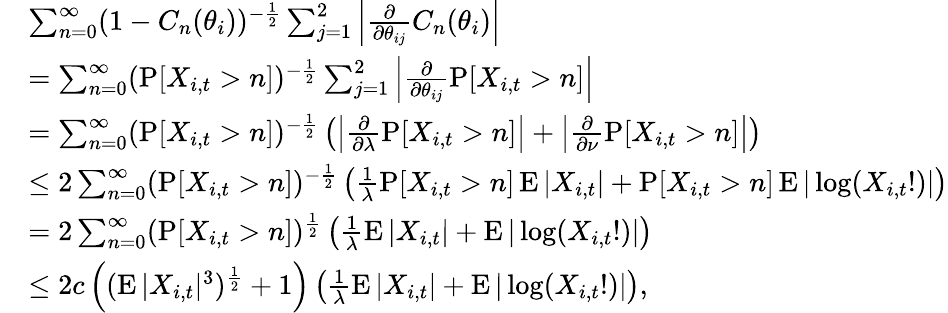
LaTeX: \begin{array}{rl}&{\sum_{n=0}^{\infty}(1-C_{n}(\theta_{i}))^{-\frac{1}{2}}\sum_{j=1}^{2}\left|\frac{\partial}{\partial\theta_{ij}}C_{n}(\theta_{i})\right|}\\ &{=\sum_{n=0}^{\infty}(\operatorname{P}[X_{i,t}>n])^{-\frac{1}{2}}\sum_{j=1}^{2}\left|\frac{\partial}{\partial\theta_{ij}}\operatorname{P}[X_{i,t}>n]\right|}\\ &{=\sum_{n=0}^{\infty}(\operatorname{P}[X_{i,t}>n])^{-\frac{1}{2}}\left(\left|\frac{\partial}{\partial\lambda}\operatorname{P}[X_{i,t}>n]\right|+\left|\frac{\partial}{\partial\nu}\operatorname{P}[X_{i,t}>n]\right|\right)}\\ &{\leq 2\sum_{n=0}^{\infty}(\operatorname{P}[X_{i,t}>n])^{-\frac{1}{2}}\left(\frac{1}{\lambda}\operatorname{P}[X_{i,t}>n]\operatorname{E}|X_{i,t}|+\operatorname{P}[X_{i,t}>n]\operatorname{E}|\log(X_{i,t}!)|\right)}\\ &{=2\sum_{n=0}^{\infty}(\operatorname{P}[X_{i,t}>n])^{\frac{1}{2}}\left(\frac{1}{\lambda}\operatorname{E}|X_{i,t}|+\operatorname{E}|\log(X_{i,t}!)|\right)}\\ &{\leq 2c\left((\operatorname{E}|X_{i,t}|^{3})^{\frac{1}{2}}+1\right)\left(\frac{1}{\lambda}\operatorname{E}|X_{i,t}|+\operatorname{E}|\log(X_{i,t}!)|\right),}\end{array}